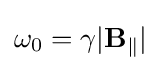
\omega _{0}=\gamma |\mathbf {B} _{\|}|